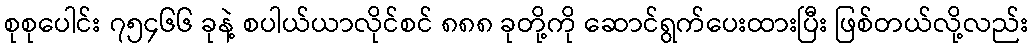
စုစုပေါင်း ၇၅၄၆၆ ခုနဲ့ စပါယ်ယာလိုင်စင် ၈၈၈ ခုတို့ကို ဆောင်ရွက်ပေးထားပြီး ဖြစ်တယ်လို့လည်း